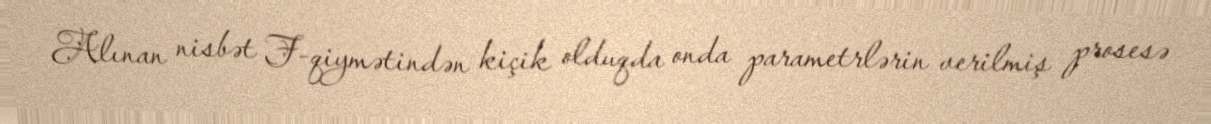
Alınan nisbət F-qiymətindən kiçik olduqda onda parametrlərin verilmiş prosesə